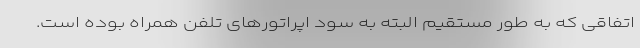
اتفاقی که به طور مستقیم البته به سود اپراتورهای تلفن همراه بوده است.